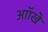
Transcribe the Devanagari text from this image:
आॉखे